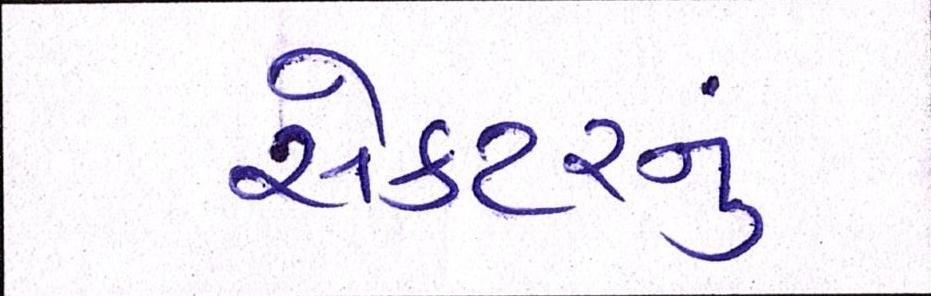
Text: સેક્ટરનું